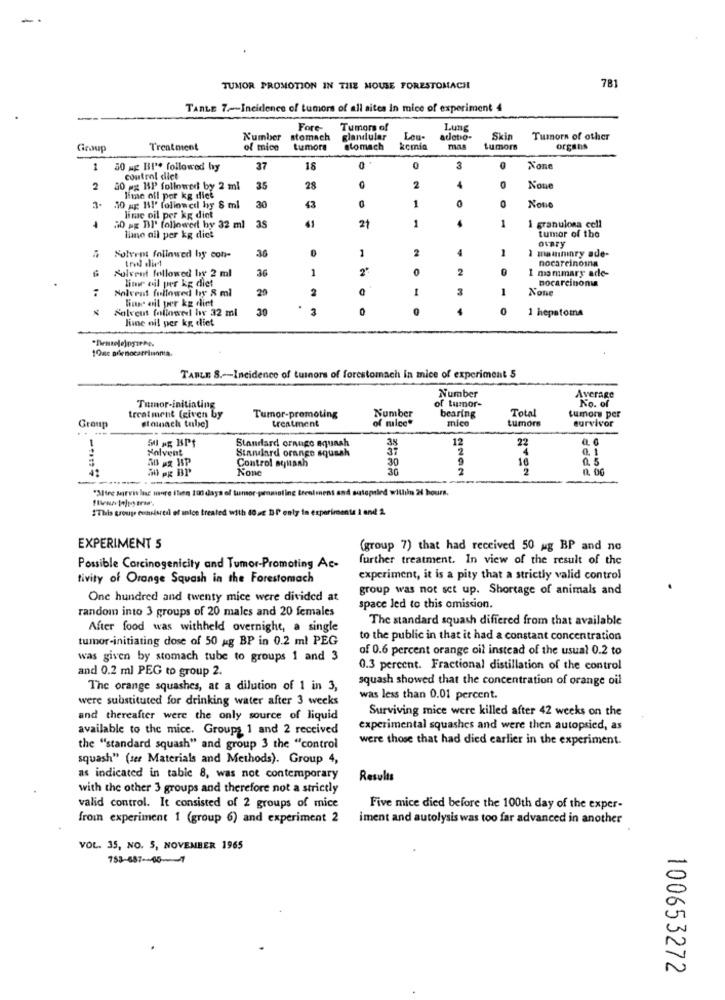
TUMOR PROMOTION IN THE MOUSE FORESTOMACH
781
TARLE 7 ~- Incidence of Lumors of all sites in mice of experiment 4
Fore-
Tumors of
Lung
Number
stomach
glandular
Lou-
adlotio-
Skin
Tusors of other
Group
Treatment
of mice
tumors
stomach
kcmia
tumors
organs
1
50 mg BI ** followed by
37
16
0
3
control dict
2
80 mg B1P' followed by 2 ml
35
28
2
4
lime oll per kg diet
1
0
3
50 ag HI' followed by 8 ml
30
lime oil per kg diet
1
1
20 g DI' followed by 32 ml
35
21
1 granulosa cell
tumor of the
limo ail per kg dict
ovary
36
2
1
mamininry ade-
Solvent followed by con-
tred diet
4
nocarcinoma
Solvent followed by 2 ml
36
1
2
I mammary ade-
lime oil per kg diet
nocarcinonu
Solvent followed by & ml
20
2
1
3
1
lise oil per kg diet
Solveut followed by 32 ml
.
3
0
0
4
0
1 hepatoma
lime oil per kg diet
1Onc arlenocarrimonia.
TABLE S .-- Incidence of tuinors of forestomach in mice of experiment 5
of Lumor-
Number
Average
No. of
Timor-initiating
Total
tumor per
treatment (given by
Tumor-promoting
Number
of mice*
bearing
mico
survivor
Group
steinach tube)
treatment
tumors
SI NE BPf
Standard orange squash
12
22
Solvent
Standard orange squash
2
0. 1
30
0 5
30 pg BP
Control squash
30
2
NYON
--
"Mire servis lasc more itien 100 days of funsor-promoting treatment and sutopied willihn 24 hours.
"This group consisredi of anice treated with 40uc DI only in experimente 1 and 2.
EXPERIMENT S
(group 7) that had received 50 ag BP and no
further treatment. In view of the result of the
Possible Carcinogenicity and Tumor-Promoting Ac-
tivity of Orange Squash in the Forestomach
experiment, it is a pity that a strictly valid control
group was not set up. Shortage of animals and
One hundred and twenty mice were divided at
random into 3 groups of 20 males and 20 females
space led to this omission.
The standard squash differed from that available
After food was withheld overnight, a single
tumor-initiating dose of 50 ag BP in 0.2 ml PEG
to the public in that it had a constant concentration
of 0.6 percent orange oil instead of the usual 0.2 to
was given by stomach tube to groups 1 and 3
and 0.2 ml PEG to group 2.
0.3 percent. Fractional distillation of the control
squash showed that the concentration of orange oil
The orange squashes, at a dilution of 1 in 3,
were substituted for drinking water after 3 weeks
was less than 0.01 percent.
Surviving mice were killed after 42 weeks on the
and thereafter were the only source of liquid
available to the mice. Groups 1 and 2 received
experimental squashes and were then autopsied, as
were those that had died earlier in the experiment.
the "standard squash" and group 3 the "control
squash" (ser Materials and Methods). Group 4,
as indicated in table 8, was not contemporary
Results
with the other 3 groups and therefore not a strictly
valid control. It consisted of 2 groups of mice
Five mice died before the 100th day of the exper-
from experiment 1 (group 6) and experiment 2
iment and autolysis was too far advanced in another
VOL. 35, NO. 5, NOVEMBER 1965
753-687-46-1
100653272